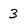
Character: 3